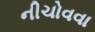
નીચોવવા